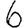
Digit: 6